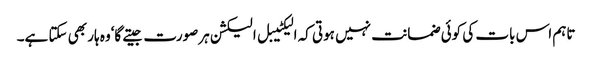
تاہم اس بات کی کوئی ضمانت نہیں ہوتی کہ الیکٹیبل الیکشن ہرصورت جیتے گا‘وہ ہار بھی سکتا ہے۔